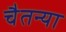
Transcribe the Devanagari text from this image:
चैतन्या